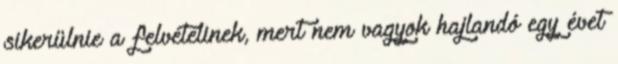
sikerülnie a felvételinek, mert nem vagyok hajlandó egy évet